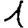
Digit: 1